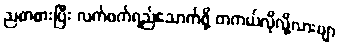
ညစာစားပြီး လက်ဖက်ရည်သောက်ဖို့ တကယ်လိုလို့လားဗျာ